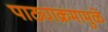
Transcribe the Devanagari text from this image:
पाठ्याक्रमामुळे